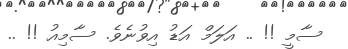
ސާމީ !! .. އަލަމް އަޑު އިވުނެވެ. ސާމިއު !! ..